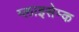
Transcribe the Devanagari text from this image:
ग्लाइसेम्क